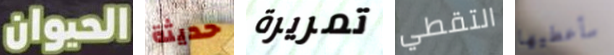
الحيوان حديثة تمريرة التقطي سأعطيها